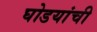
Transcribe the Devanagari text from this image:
घोडयांची